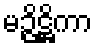
မဉ္ဇိဋ္ဌိကာ